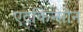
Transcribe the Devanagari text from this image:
एटकिन्सोन